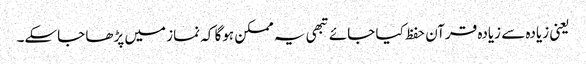
یعنی زیادہ سے زیادہ قرآن حفظ کیا جائے تبھی یہ ممکن ہوگا کہ نماز میں پڑھا جاسکے۔